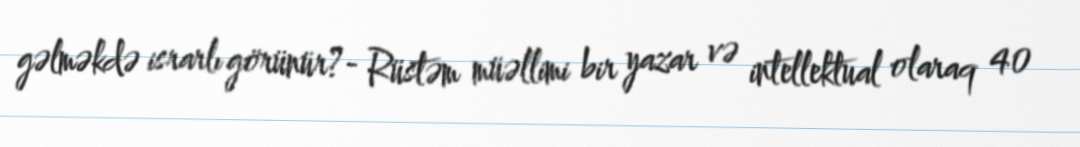
gəlməkdə israrlı görünür?- Rüstəm müəllimi bir yazar və intellektual olaraq 40